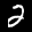
Label: 2